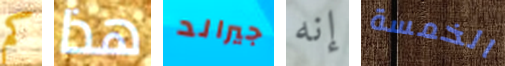
كم هذا جيرالد إنه الخمسة